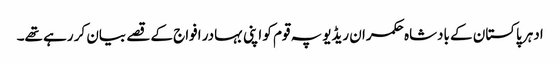
ادہر پاکستان کے بادشاہ حکمران ریڈیو پہ قوم کو اپنی بہادر افواج کے قصے بیان کر رہے تھے۔